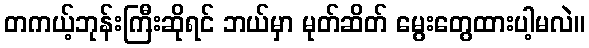
တကယ့်ဘုန်းကြီးဆိုရင် ဘယ်မှာ မုတ်ဆိတ် မွေးတွေထားပါ့မလဲ။